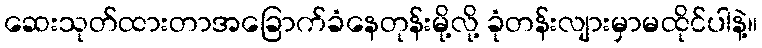
ဆေးသုတ်ထားတာအခြောက်ခံနေတုန်းမို့လို့ ခုံတန်းလျားမှာမထိုင်ပါနဲ့။